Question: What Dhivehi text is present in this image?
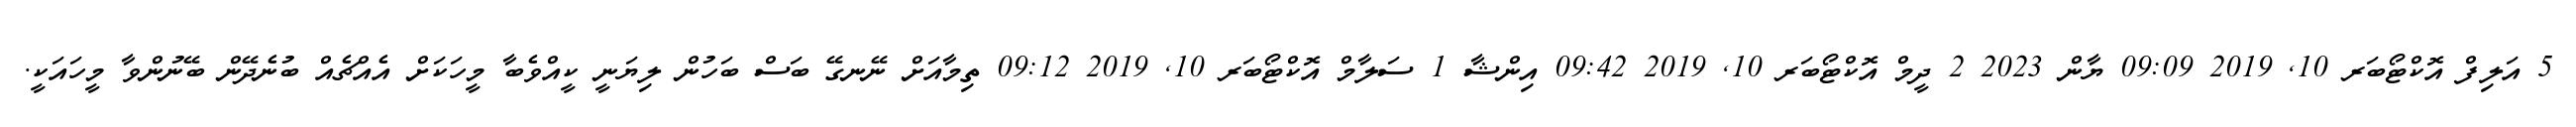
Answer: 5 އަލިފް އޮކްޓޯބަރ 10, 2019 09:09 ޔާން 2023 2 ދީމް އޮކްޓޯބަރ 10, 2019 09:42 އިންޝާ 1 ސަލާމް އޮކްޓޯބަރ 10, 2019 09:12 ތިމާއަށް ނޭނގޭ ބަސް ބަހުން ލިޔަނީ ކީއްވެބާ މީހަކަށް އެއްޗެއް ބުނެދޭން ބޭނުންވާ މީހައަކީ.